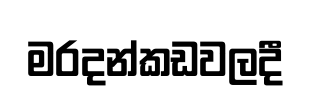
මරදන්කඩවලදී